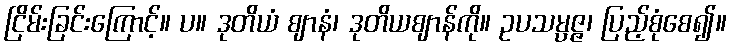
ငြိမ်းခြင်းကြောင့်။ ပ။ ဒုတိယံ ဈာနံ၊ ဒုတိယဈာန်ကို။ ဥပသမ္ပဇ္ဇ၊ ပြည့်စုံစေ၍။